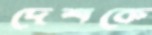
দেশকে